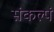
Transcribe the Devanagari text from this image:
संकल्पं